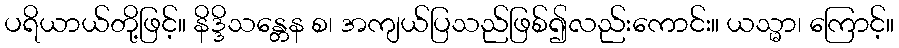
ပရိယာယ်တို့ဖြင့်။ နိဒ္ဒိသန္တေန စ၊ အကျယ်ပြသည်ဖြစ်၍လည်းကောင်း။ ယသ္မာ၊ ကြောင့်။